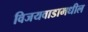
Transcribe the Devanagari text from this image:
विजयवाडामधील